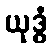
ယုဒ္ဓံ